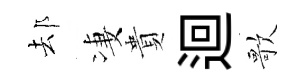
𨚫凄貴迴歌